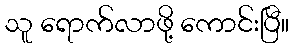
သူ ရောက်လာဖို့ ကောင်းပြီ။